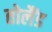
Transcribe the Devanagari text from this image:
तोलैंड